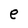
Character: e